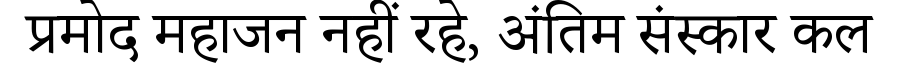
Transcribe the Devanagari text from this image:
प्रमोद महाजन नहीं रहे, अंतिम संस्कार कल